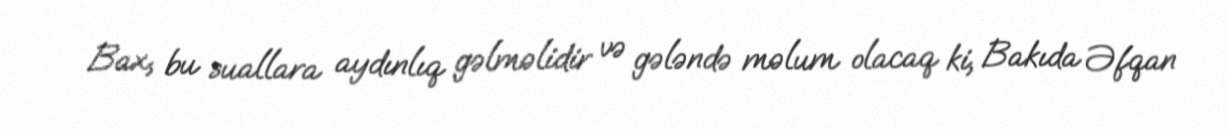
Bax, bu suallara aydınlıq gəlməlidir və gələndə məlum olacaq ki, Bakıda Əfqan